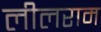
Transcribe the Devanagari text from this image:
लीलराम